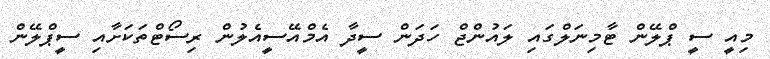
މިއީ ސީ ޕްލޭން ޓާމިނަލްގައި ލައުންޖް ހަދަން ސީދާ އެމްއޭސީއެލުން ރިސޯޓްތަކަށާއި ސީޕްލޭން